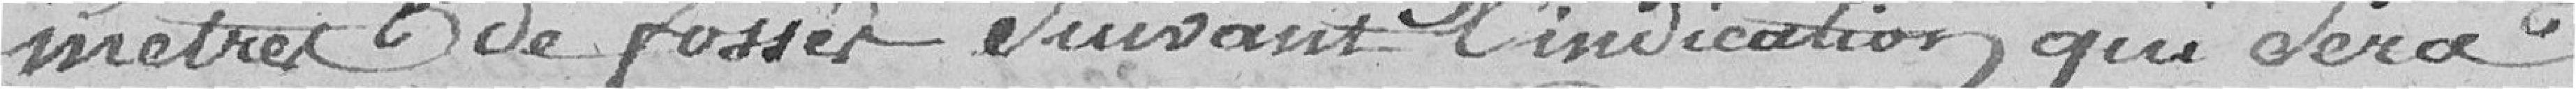
mètres de fossés suivant l'indication qui sera